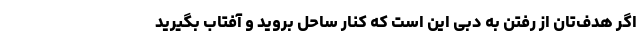
اگر هدف‌تان از رفتن به دبی این است که کنار ساحل بروید و آفتاب بگیرید